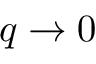
q \rightarrow 0